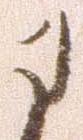
に